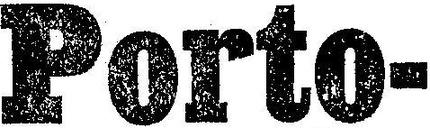
Porto-